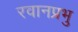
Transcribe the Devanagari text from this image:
रवानप्रभु